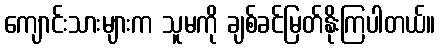
ကျောင်းသားများက သူမကို ချစ်ခင်မြတ်နိုးကြပါတယ်။